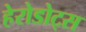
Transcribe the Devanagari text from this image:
हेरोडोट्स